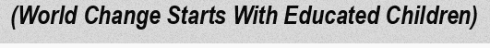
(World Change Starts With Educated Children)